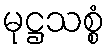
မုဋ္ဌသစ္စံ